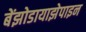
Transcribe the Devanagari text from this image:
बेंझोडायाझेपाइन